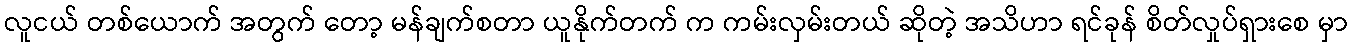
လူငယ် တစ်ယောက် အတွက် တော့ မန်ချက်စတာ ယူနိုက်တက် က ကမ်းလှမ်းတယ် ဆိုတဲ့ အသိဟာ ရင်ခုန် စိတ်လှုပ်ရှားစေ မှာ